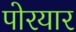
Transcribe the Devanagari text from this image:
पोरयार